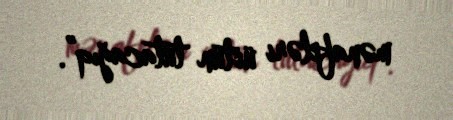
mənafeləri üstün tutacağıq”.